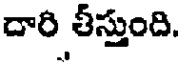
దారి తీస్తుంది.